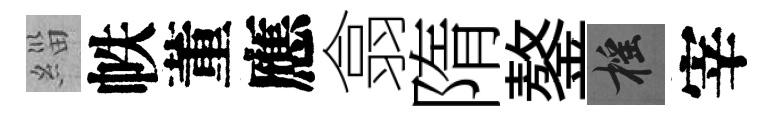
緇帙董應翕隋鏊摇宰